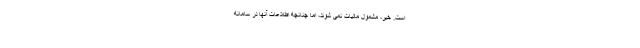
است. خیر، مشمول مالیات نمی شوند، اما چنانچه اطلاعات آنها در سامانه